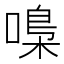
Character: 嘄